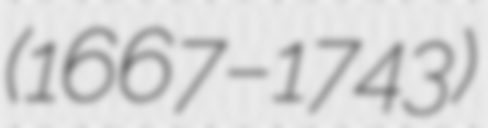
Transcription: (1667–1743)